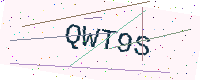
Text: QWT9S